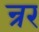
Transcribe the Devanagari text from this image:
न्रर